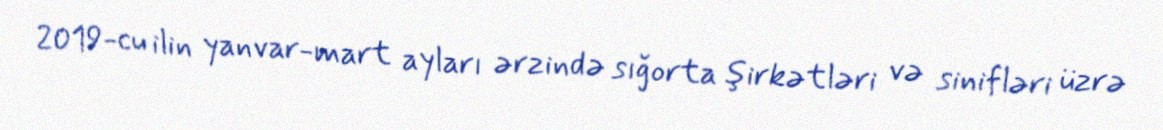
2019-cu ilin yanvar-mart ayları ərzində sığorta şirkətləri və sinifləri üzrə